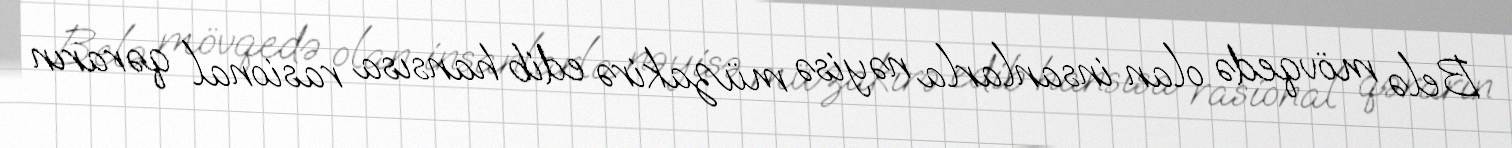
Belə mövqedə olan insanlarla nəyisə müzakirə edib hansısa rasional qərarın